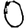
Digit: 0